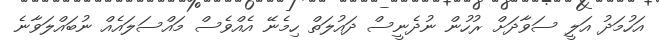
އަހުމަދު އަލީ ސަވާދަށް ރުހުން ނުދެނީސް ދައުލަތް ހިމެނޭ އެއްވެސް މައްސަލައެއް ނުބައްލަވާނެ